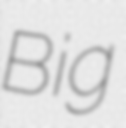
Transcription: Big